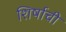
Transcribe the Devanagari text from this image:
शिर्षाची